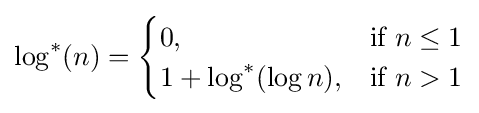
\log ^{*}(n)={\begin{cases}0,&{\text{if }}n\leq 1\\1+\log ^{*}(\log n),&{\text{if }}n>1\end{cases}}